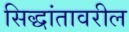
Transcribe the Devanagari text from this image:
सिद्धांतावरील